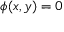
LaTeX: \phi ( x , y ) = 0